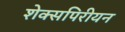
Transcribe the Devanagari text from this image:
शेक्सपिरीयन